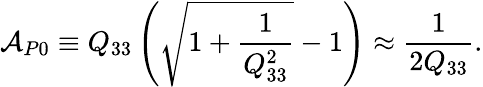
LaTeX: \mathcal{A}_{P0}\equiv Q_{33}\left(\sqrt{1+\frac{1}{Q_{33}^{2}}}-1\right)\approx\frac{1}{2Q_{33}}.